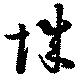
城